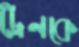
ট্রেনকে